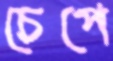
চেপে